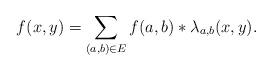
LaTeX: \begin{align*}f(x, y)=\sum_{(a,b) \in E} {f(a, b) \ast \lambda_{a, b}(x, y)}.\end{align*}